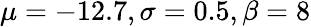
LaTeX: \mu=-12.7,\sigma=0.5,\beta=8